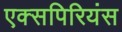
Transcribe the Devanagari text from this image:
एक्सपिरियंस